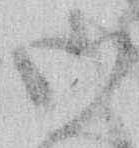
御